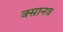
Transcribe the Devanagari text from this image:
क्सानव